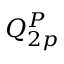
Q _ { 2 p } ^ { P }